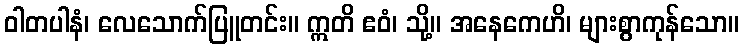
ဝါတပါနံ၊ လေသောက်ပြူတင်း။ ဣတိ ဧဝံ၊ သို့။ အနေကေဟိ၊ များစွာကုန်သော။